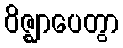
ဝိဇ္ဈာပေတွာ